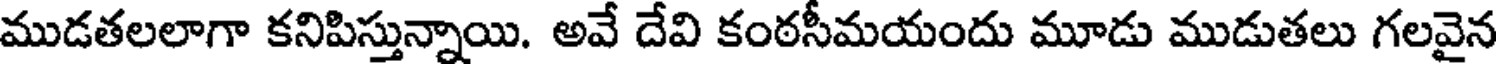
ముడతలలాగా కనిపిస్తున్నాయి. అవే దేవి కంఠసీమయందు మూడు ముడుతలు గలవైన